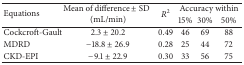
<table><thead><tr><td rowspan="2"><b>Equations</b></td><td rowspan="2"><b>Mean of difference ± SD(mL/min)</b></td><td rowspan="2"><b><i>R</i><sup>2</sup></b></td><td colspan="3"><b>Accuracy within</b></td></tr><tr><td><b>15%</b></td><td><b>30%</b></td><td><b>50%</b></td></tr></thead><tbody><tr><td>Cockcroft-Gault</td><td>2.3 ± 20.2</td><td>0.49</td><td>46</td><td>69</td><td>88</td></tr><tr><td>MDRD</td><td>−18.8 ± 26.9</td><td>0.28</td><td>25</td><td>44</td><td>72</td></tr><tr><td>CKD-EPI</td><td>−9.1 ± 22.9</td><td>0.30</td><td>33</td><td>56</td><td>75</td></tr></tbody></table>